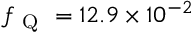
f _ { \mathrm { ~ Q ~ } } = 1 2 . 9 \times 1 0 ^ { - 2 }